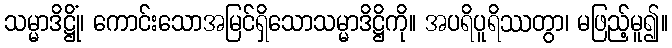
သမ္မာဒိဋ္ဌိုံ၊ ကောင်းသောအမြင်ရှိသောသမ္မာဒိဋ္ဌိကို။ အပရိပူရိဿတွာ၊ မဖြည့်မူ၍။